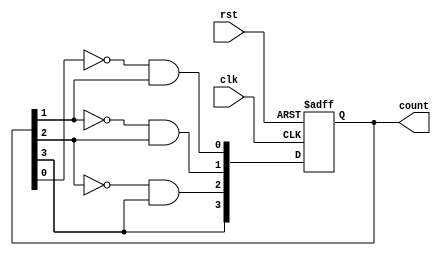
module GrayCounter (
    input wire clk,   // Clock input
    input wire rst,   // Reset input
    output reg [3:0] count  // 4-bit Gray code counter output
);

reg [3:0] next_state; // Next state of the counter

always @(posedge clk or posedge rst) begin
    if (rst) begin
        count <= 4'b0000; // Reset the counter
    end else begin
        count <= next_state; // Update the counter with the next state
    end
end

always @(*) begin
    next_state[0] = ~count[0] & count[1];
    next_state[1] = ~count[1] & count[2];
    next_state[2] = ~count[2] & count[3];
    next_state[3] = count[3];
end

endmodule